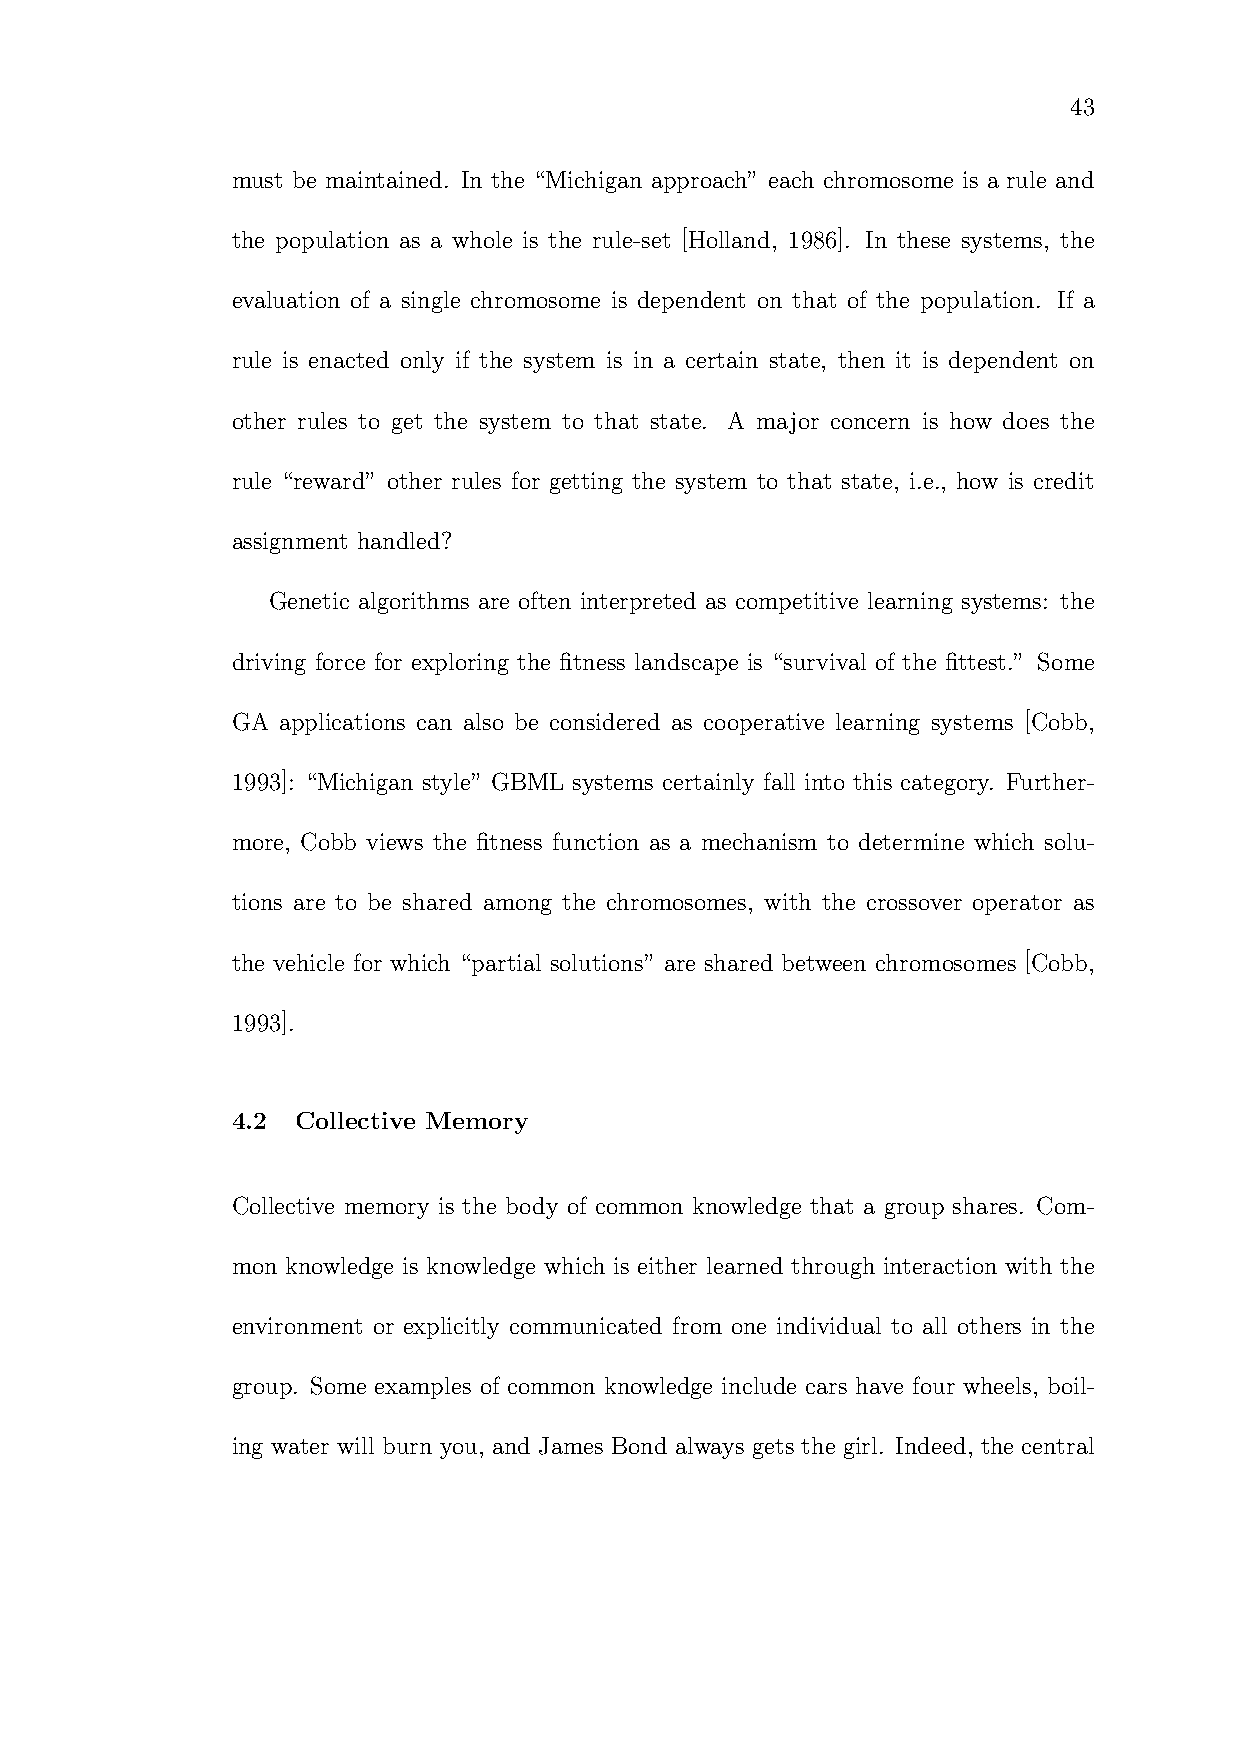
43
 must be maintained. In the “Michigan approach” each chromosome is a rule and
 the population as a whole is the rule-set [Holland, 1986]. In these systems, the
 evaluation of a single chromosome is dependent on that of the population. If a
 rule is enacted only if the system is in a certain state, then it is dependent on
 other rules to get the system to that state. A major concern is how does the
 rule “reward” other rules for getting the system to that state, i.e., how is credit
 assignment handled?
 Genetic algorithms are often interpreted as competitive learning systems: the
 driving force for exploring the fitness landscape is “survival of the fittest.” Some
 GA  applications can also be considered as cooperative learning systems [Cobb,
 1993]: “Michigan style” GBML systems certainly fall into this category. Further-
 more, Cobb views the fitness function as a mechanism to determine which solu-
 tions are to be shared among the chromosomes, with the crossover operator as
 the vehicle for which “partial solutions” are shared between chromosomes [Cobb,
 1993].
 4.2  Collective Memory
 Collective memory is the body of common knowledge that a group shares. Com-
 mon knowledge is knowledge which is either learned through interaction with the
 environment or explicitly communicated from one individual to all others in the
 group. Some examples of common knowledge include cars have four wheels, boil-
 ing water will burn you, and James Bond always gets the girl. Indeed, the central